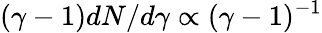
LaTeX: (\gamma-1)dN/d\gamma\propto(\gamma-1)^{-1}